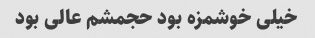
خیلی خوشمزه بود حجمشم عالی بود